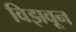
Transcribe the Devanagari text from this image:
विझवून